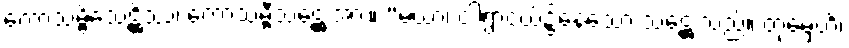
ကောသမ္ဗိသေဋ္ဌိဿ၊ ကောသမ္ဗီသဋ္ဌေးအား။ “မယာ၊ ငါရွာငယ်၌နေသော သဋ္ဌေးသည်။ တုမှေဟိ၊